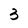
Character: 3